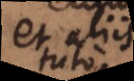
et aliis,